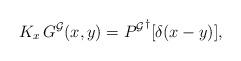
LaTeX: \begin{align*}K_x \, G^{\cal G}(x,y) = {P^{\cal G}}^\dagger[\delta(x-y)],\end{align*}